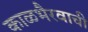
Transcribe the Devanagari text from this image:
काळभैरवाची